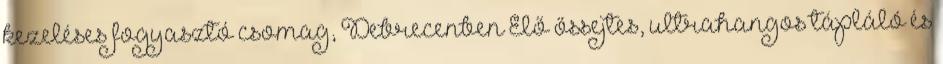
kezeléses fogyasztó csomag, Debrecenben Élő őssejtes, ultrahangos tápláló és